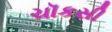
ચૉકસી